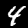
Label: 4